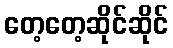
တေ့တေ့ဆိုင်ဆိုင်